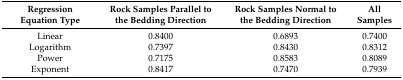
<table><thead><tr><td><b>Regression Equation Type</b></td><td><b>Rock Samples Parallel to the Bedding Direction</b></td><td><b>Rock Samples Normal to the Bedding Direction</b></td><td><b>All Samples</b></td></tr></thead><tbody><tr><td>Linear</td><td>0.8400</td><td>0.6893</td><td>0.7400</td></tr><tr><td>Logarithm</td><td>0.7397</td><td>0.8430</td><td>0.8312</td></tr><tr><td>Power</td><td>0.7175</td><td>0.8583</td><td>0.8089</td></tr><tr><td>Exponent</td><td>0.8417</td><td>0.7470</td><td>0.7939</td></tr></tbody></table>